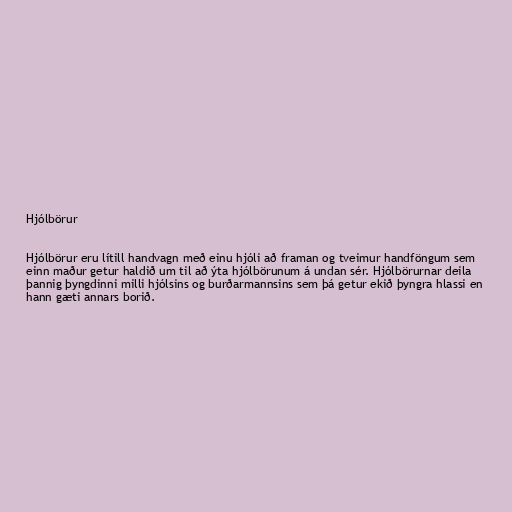
Hjólbörur

Hjólbörur eru lítill handvagn með einu hjóli að framan og tveimur handföngum sem
einn maður getur haldið um til að ýta hjólbörunum á undan sér. Hjólbörurnar deila
þannig þyngdinni milli hjólsins og burðarmannsins sem þá getur ekið þyngra hlassi en
hann gæti annars borið.